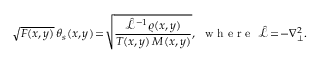
\sqrt { F ( x , y ) } \, \theta _ { s } ( x , y ) \! = \! \sqrt { \frac { \hat { \mathcal { L } } ^ { - 1 } \varrho ( x , y ) } { T ( x , y ) \, M ( x , y ) } } , ~ \textrm { w h e r e } ~ \hat { \mathcal { L } } \! = \! - \nabla _ { \perp } ^ { 2 } .